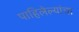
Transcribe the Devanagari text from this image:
पाहिलेल्यांचा